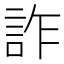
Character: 詐